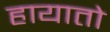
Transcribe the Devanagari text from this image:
हायातो